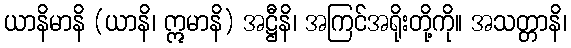
ယာနိမာနိ (ယာနိ၊ ဣမာနိ) အဋ္ဌီနိ၊ အကြင်အရိုးတို့ကို။ အသတ္တာနိ၊